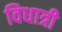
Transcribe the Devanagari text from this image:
विधात्री